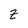
Character: z